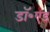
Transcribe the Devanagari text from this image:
डॉ॰एड